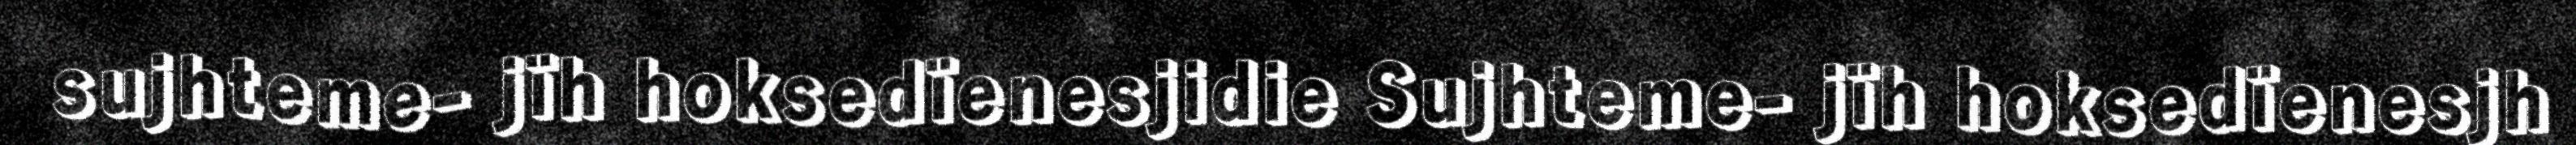
sujhteme- jïh hoksedïenesjidie Sujhteme- jïh hoksedïenesjh